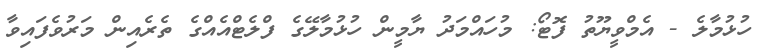
ހުޅުމާލެ - އެމްވީޔޫތު ފޮޓޯ: މުހައްމަދު ޔާމީން ހުޅުމާލޭގެ ފްލެޓްއެއްގެ ތެރެއިން މަރުވެފައިވާ